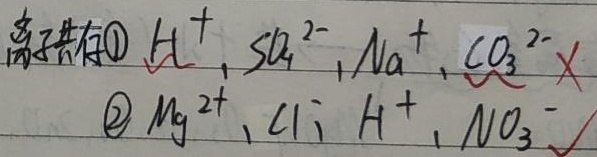
离子共存
1. \(H^{+}\)，\(SO_{4}^{2 -}\)，\(Na^{+}\)，\(CO_{3}^{2 -}\) \(\textcircled{×}\)
2. \(Mg^{2 +}\)，\(Cl^{-}\)，\(H^{+}\)，\(NO_{3}^{-}\) \(\textcircled{√}\)